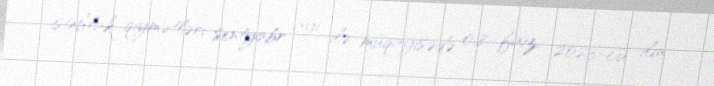
istehlak qiymətləri sentyabr ayı ilə müqayisədə 0,8 faiz, 2023-cü ilin